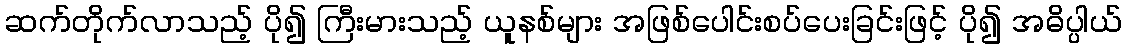
ဆက်တိုက်လာသည့် ပို၍ ကြီးမားသည့် ယူနစ်များ အဖြစ်ပေါင်းစပ်ပေးခြင်းဖြင့် ပို၍ အဓိပ္ပါယ်